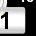
Digit: 1